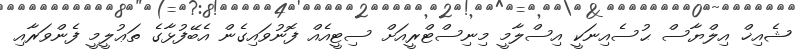
ޝެއިޚް އިލްޔާސް ޙުސެއިނަކީ އިސްލާމީ މިނިސްޓްރީއަށް ސިޓީއެއް ފޮނުވައިގެން އެބޭފުޅާގެ ތަޢުލީމީ ފެންވަރާއި